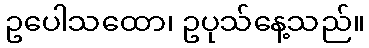
ဥပေါသထော၊ ဥပုသ်နေ့သည်။